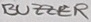
Text: BUZZER